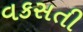
વકસતી